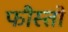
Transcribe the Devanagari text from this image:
फौस्तो